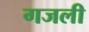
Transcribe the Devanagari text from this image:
गजली